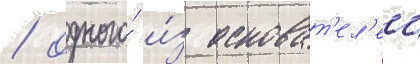
/ одного́ и́з основат'ел'еи